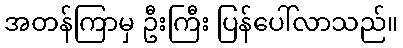
အတန်ကြာမှ ဦးကြီး ပြန်ပေါ်လာသည်။